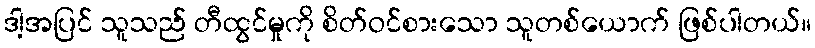
ဒါ့အပြင် သူသည် တီထွင်မှုကို စိတ်ဝင်စားသော သူတစ်ယောက် ဖြစ်ပါတယ်။